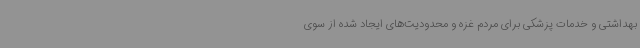
بهداشتی و خدمات پزشکی برای مردم غزه و محدودیت‌های ایجاد شده از سوی